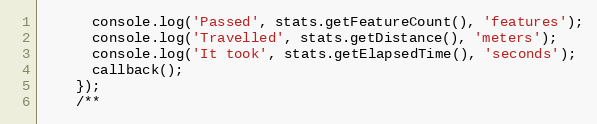
Language: JavaScript
      console.log('Passed', stats.getFeatureCount(), 'features');
      console.log('Travelled', stats.getDistance(), 'meters');
      console.log('It took', stats.getElapsedTime(), 'seconds');
      callback();
    });
    /**